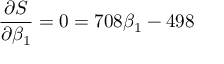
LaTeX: { \frac { \partial S } { \partial \beta _ { 1 } } } = 0 = 7 0 8 \beta _ { 1 } - 4 9 8